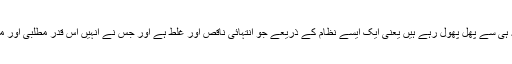
یہاں میں ان زمینداروں اور سرمایہ داروں کو متنبہ کر دینا چاہتا ہوں جو ہماری وجہ ہی سے پھل پھول رہے ہیں یعنی ایک ایسے نظام کے ذریعے جو انتہائی ناقص اور غلط ہے اور جس نے انہیں اس قدر مطلبی اور مفاد پرست بنا دیا ہے کہ انکے ساتھ اب کسی قسم کی بحث وتمحیص بھی فضول ہے۔